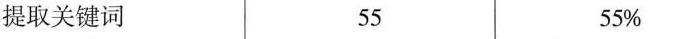
提取关键词 55 55%